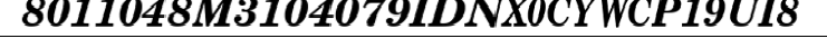
8011048M3104079IDNX0CYWCP19UI8